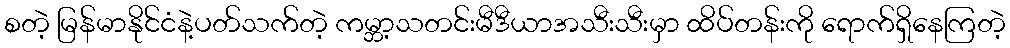
စတဲ့ မြန်မာနိုင်ငံနဲ့ပတ်သက်တဲ့ ကမ္ဘာ့သတင်းမီဒီယာအသီးသီးမှာ ထိပ်တန်းကို ရောက်ရှိနေကြတဲ့